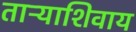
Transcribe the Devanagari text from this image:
ताऱ्याशिवाय